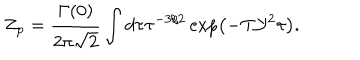
LaTeX: { Z _ { p } } = { \frac { \Gamma ( 0 ) } { 2 \pi \sqrt { 2 } } } \int d \tau { \tau ^ { - 3 / 2 } } \exp \left( - \mathrm { T } { \mathcal { Y } ^ { 2 } } \tau \right) .